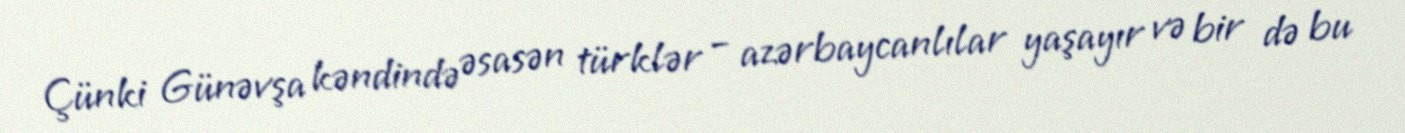
Çünki Günəvşa kəndində əsasən türklər – azərbaycanlılar yaşayır və bir də bu